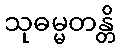
သုဓမ္မတန္တိ